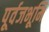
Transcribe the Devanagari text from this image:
पूर्वजभूमि